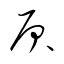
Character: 屓